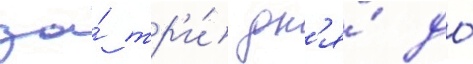
за́ тр'и́ дн'я́ до́